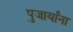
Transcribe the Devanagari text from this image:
पुजार्यांना